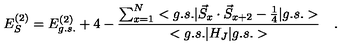
E _ { S } ^ { ( 2 ) } = E _ { g . s . } ^ { ( 2 ) } + 4 - \frac { \sum _ { x = 1 } ^ { N } < g . s . | \vec { S } _ { x } \cdot \vec { S } _ { x + 2 } - \frac { 1 } { 4 } | g . s . > } { < g . s . | H _ { J } | g . s . > } \quad .